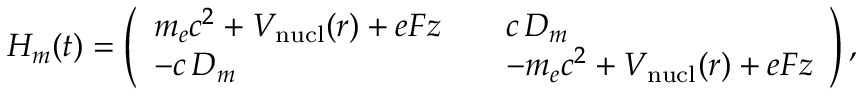
H _ { m } ( t ) = \left( \begin{array} { l l } { \displaystyle m _ { e } c ^ { 2 } + V _ { \mathrm { n u c l } } ( r ) + e F z \quad } & { c \, D _ { m } } \\ { - c \, D _ { m } } & { - m _ { e } c ^ { 2 } + V _ { \mathrm { n u c l } } ( r ) + e F z } \end{array} \right) ,